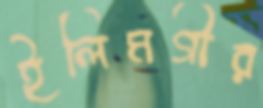
ইলিমগীর